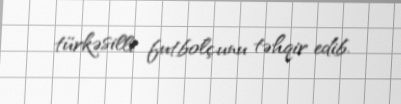
türkəsilli futbolçunu təhqir edib.